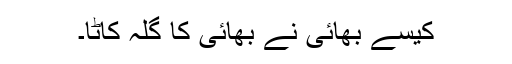
کیسے بھائی نے بھائی کا گلہ کاٹا۔